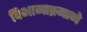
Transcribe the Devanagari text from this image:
विभागाप्रमाणे